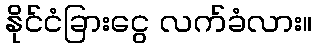
နိုင်ငံခြားငွေ လက်ခံလား။